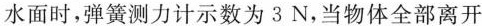
水面时，弹簧测力计示数为3N，当物体全部离开